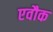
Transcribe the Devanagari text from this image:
एवौक